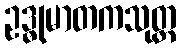
ဥဒ္ဓုမာတကသုတ္တ